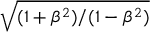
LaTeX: \sqrt { ( 1 + \beta ^ { 2 } ) / ( 1 - \beta ^ { 2 } ) }